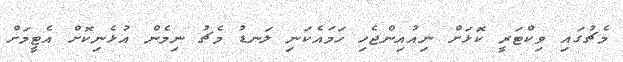
މެޗުގައި ވިކްޓަރީ ކޮޅަށް ނިއުއިންޖެހި ހަމައެކަނި ލަނޑު މެޗު ނިމެން އުޅެނިކޮށް އެޓީމަށް